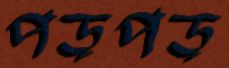
পড়পড়